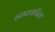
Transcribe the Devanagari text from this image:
स्पष्तवादिता